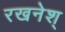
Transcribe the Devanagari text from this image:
रखनेश्